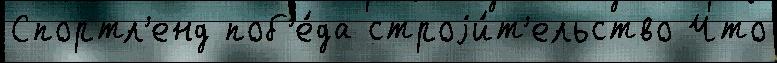
Спортл'енд поб'е́да строjи́т'ельство Что